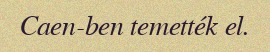
Caen-ben temették el.